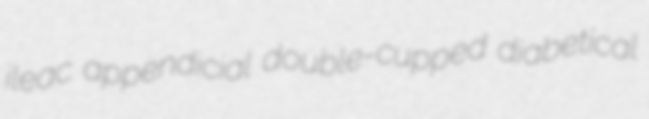
ileac appendicial double-cupped diabetical